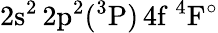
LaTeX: \mathrm{2s^{2}\, 2p^{2}(^{3}P)\, 4f~^{4}F^{\circ}}